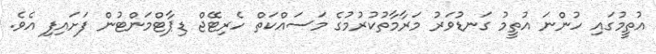
އުތީމުގައި ހުންނަ އުތީމު ގަނޑުވަރު މަރާމާތުކުރުމުގެ މަސައްކަތް ހެރިޓޭޖް ޑިޕާޓްމަންޓުން ފަށައިފި އެވެ.